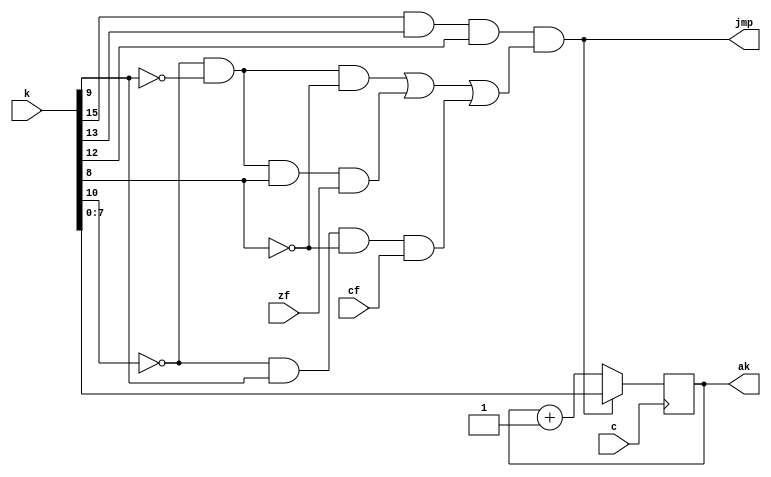
module control (c, k, cf, zf, jmp, ak);
input c, cf, zf;
input [15:0] k;
output [7:0] ak;
reg [7:0] ak;
output jmp;
assign jmp = (k[15] & k[13] & k[12])&
			((~k[10] & ~k[9] & ~k[8])|
			(~k[10] & ~k[9] & k[8] & zf)|
			(~k[10] & k[9] & ~k[8] & cf));
always @(negedge c)
if(jmp) ak = k[7:0];
else ak = ak + 1;
endmodule